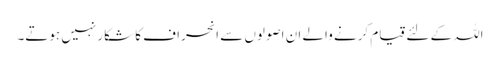
اللہ کے لئے قیام کرنے والے ان اصولوں سے انحراف کا شکار نہیں ہوتے۔